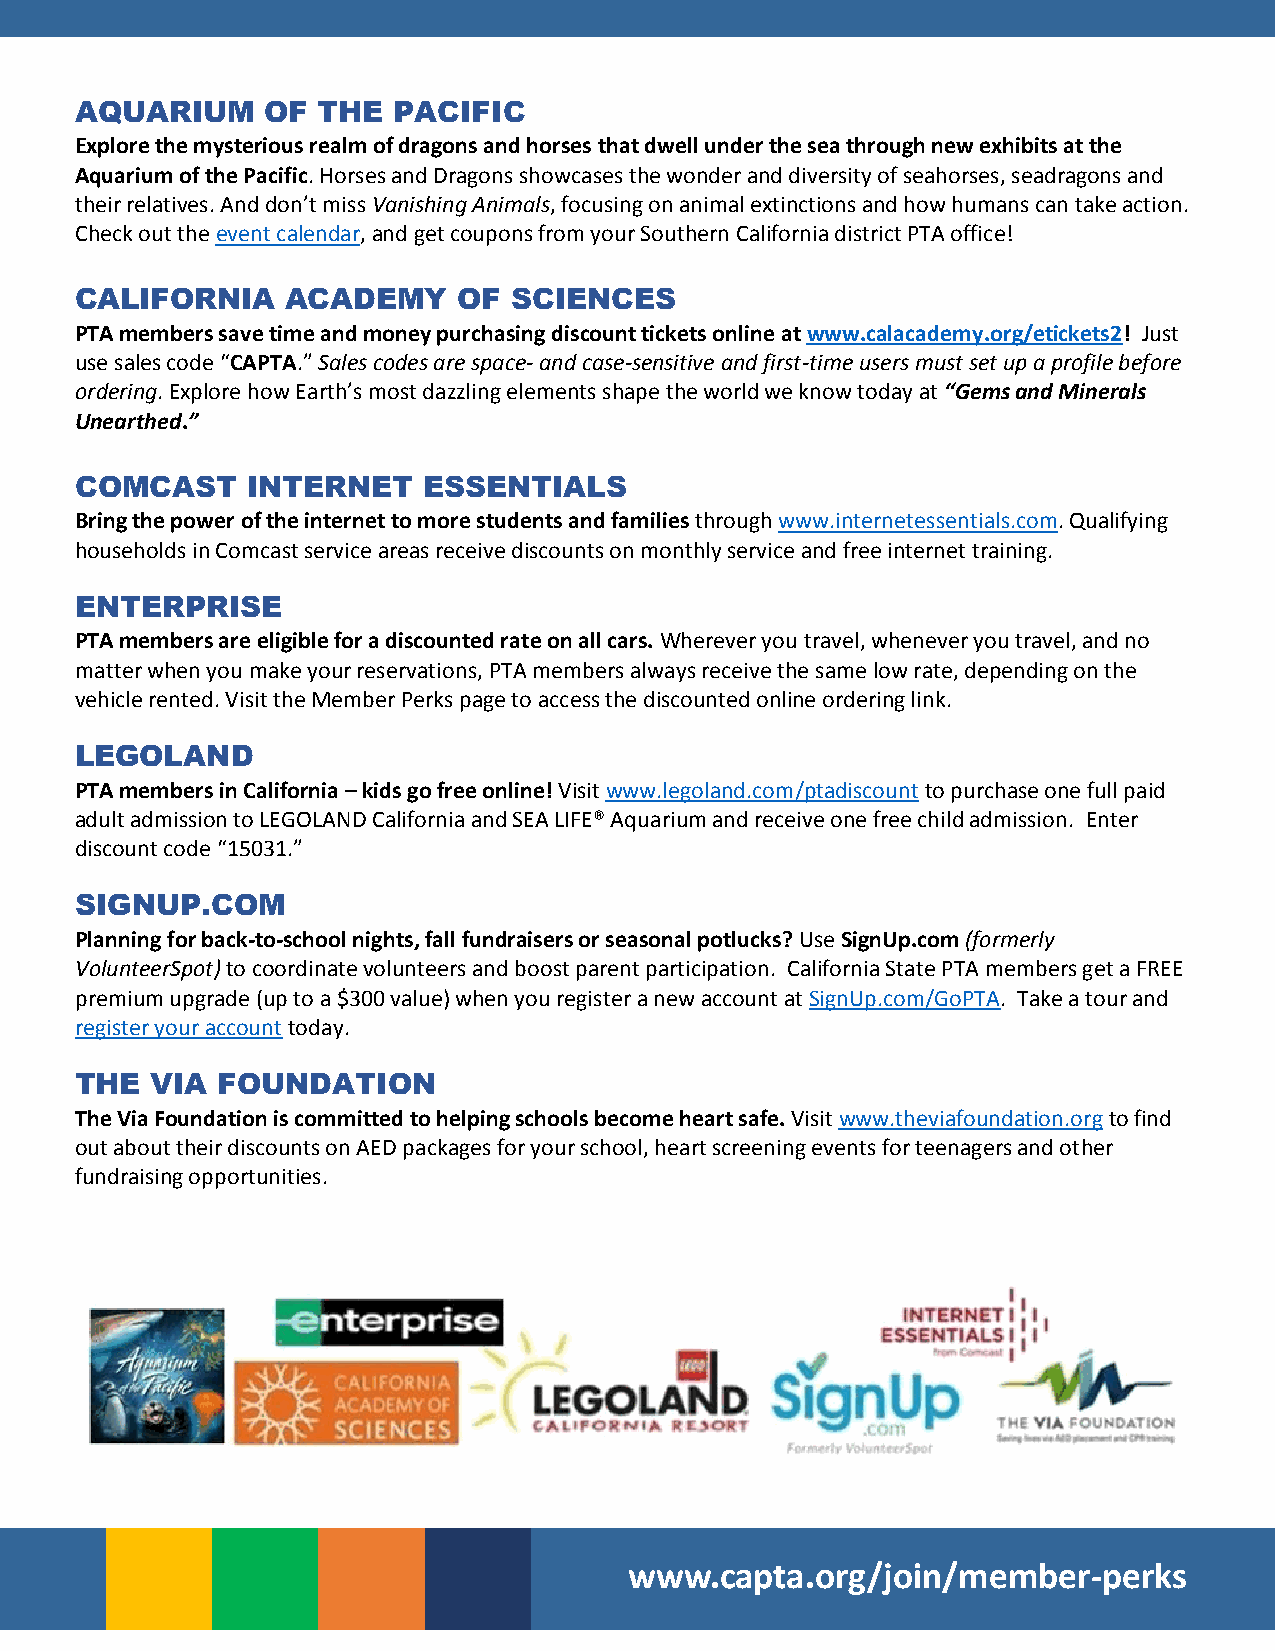
AQUARIUM     OF THE  PACIFIC
 Explore the mysterious realm of dragons and horses that dwell under the sea through new exhibits at the
 Aquarium of the Pacific. Horses and Dragons showcases the wonder and diversity of seahorses, seadragons and
 their relatives. And don’t miss Vanishing Animals, focusing on animal extinctions and how humans can take action.
 Check out the event calendar, and get coupons from your Southern California district PTA office!
 CALIFORNIA    ACADEMY    OF  SCIENCES
 PTA members save time and money purchasing discount tickets online at www.calacademy.org/etickets2! Just
 use sales code “CAPTA.” Sales codes are space- and case-sensitive and first-time users must set up a profile before
 ordering. Explore how Earth’s most dazzling elements shape the world we know today at “Gems and Minerals
 Unearthed.”
 COMCAST    INTERNET    ESSENTIALS
 Bring the power of the internet to more students and families through www.internetessentials.com. Qualifying
 households in Comcast service areas receive discounts on monthly service and free internet training.
 ENTERPRISE
 PTA members are eligible for a discounted rate on all cars. Wherever you travel, whenever you travel, and no
 matter when you make your reservations, PTA members always receive the same low rate, depending on the
 vehicle rented. Visit the Member Perks page to access the discounted online ordering link.
 LEGOLAND
 PTA members in California – kids go free online! Visit www.legoland.com/ptadiscount to purchase one full paid
 adult admission to LEGOLAND California and SEA LIFE® Aquarium and receive one free child admission. Enter
 discount code “15031.”
 SIGNUP.COM
 Planning for back-to-school nights, fall fundraisers or seasonal potlucks? Use SignUp.com (formerly
 VolunteerSpot) to coordinate volunteers and boost parent participation. California State PTA members get a FREE
 premium upgrade (up to a $300 value) when you register a new account at SignUp.com/GoPTA. Take a tour and
 register your account today.
 THE  VIA FOUNDATION
 The Via Foundation is committed to helping schools become heart safe. Visit www.theviafoundation.org to find
 out about their discounts on AED packages for your school, heart screening events for teenagers and other
 fundraising opportunities.
 www.capta.org/join/member-perks